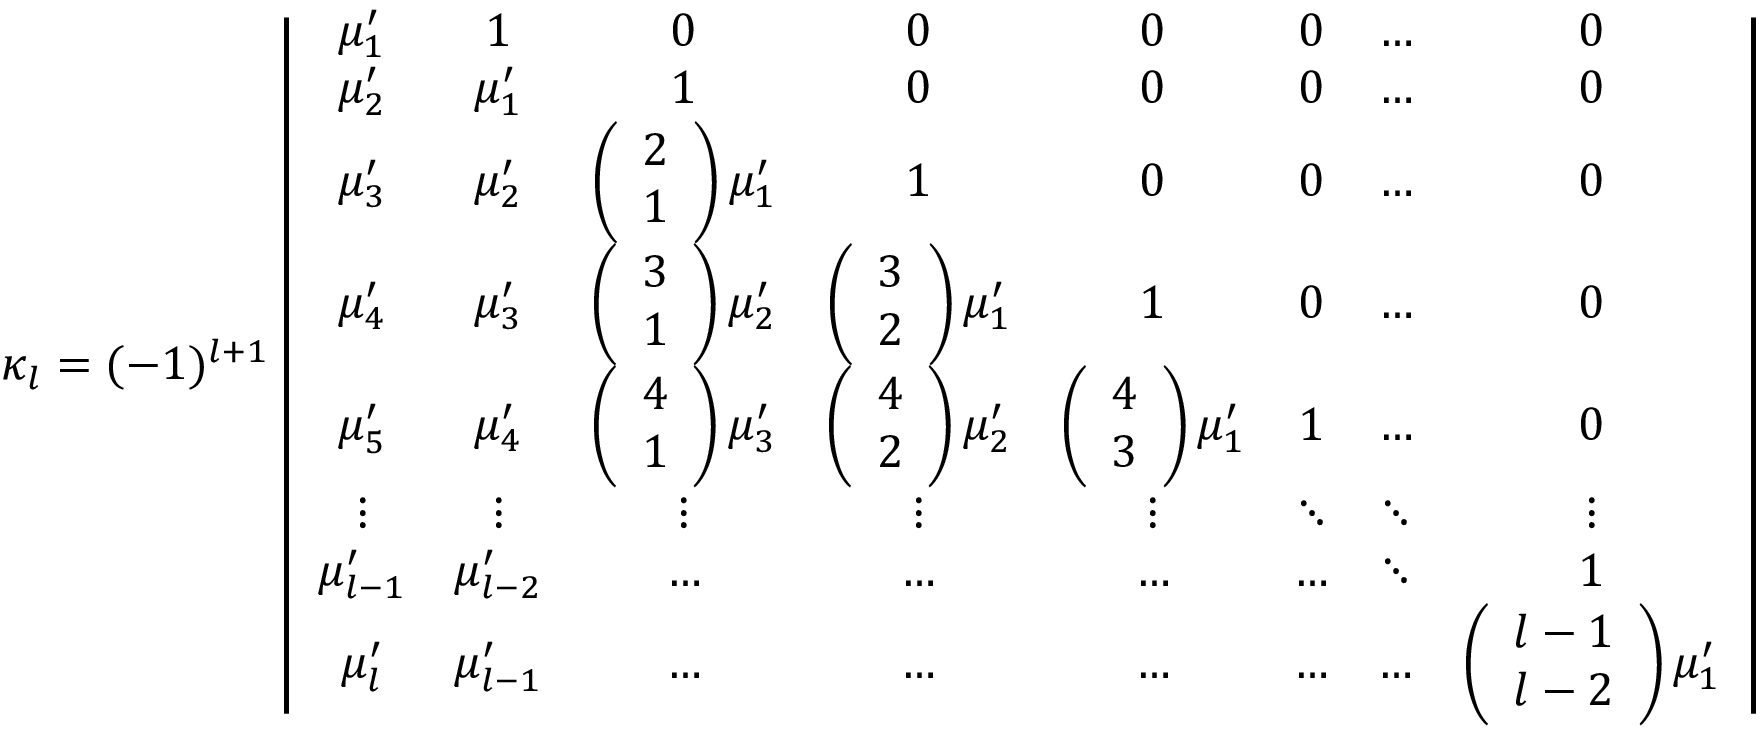
\kappa _ { l } = ( - 1 ) ^ { l + 1 } \left| { \begin{array} { c c c c c c c c } { \mu _ { 1 } ^ { \prime } } & { 1 } & { 0 } & { 0 } & { 0 } & { 0 } & { \ldots } & { 0 } \\ { \mu _ { 2 } ^ { \prime } } & { \mu _ { 1 } ^ { \prime } } & { 1 } & { 0 } & { 0 } & { 0 } & { \ldots } & { 0 } \\ { \mu _ { 3 } ^ { \prime } } & { \mu _ { 2 } ^ { \prime } } & { \left( { \begin{array} { l } { 2 } \\ { 1 } \end{array} } \right) \mu _ { 1 } ^ { \prime } } & { 1 } & { 0 } & { 0 } & { \ldots } & { 0 } \\ { \mu _ { 4 } ^ { \prime } } & { \mu _ { 3 } ^ { \prime } } & { \left( { \begin{array} { l } { 3 } \\ { 1 } \end{array} } \right) \mu _ { 2 } ^ { \prime } } & { \left( { \begin{array} { l } { 3 } \\ { 2 } \end{array} } \right) \mu _ { 1 } ^ { \prime } } & { 1 } & { 0 } & { \ldots } & { 0 } \\ { \mu _ { 5 } ^ { \prime } } & { \mu _ { 4 } ^ { \prime } } & { \left( { \begin{array} { l } { 4 } \\ { 1 } \end{array} } \right) \mu _ { 3 } ^ { \prime } } & { \left( { \begin{array} { l } { 4 } \\ { 2 } \end{array} } \right) \mu _ { 2 } ^ { \prime } } & { \left( { \begin{array} { c } { 4 } \\ { 3 } \end{array} } \right) \mu _ { 1 } ^ { \prime } } & { 1 } & { \ldots } & { 0 } \\ { \vdots } & { \vdots } & { \vdots } & { \vdots } & { \vdots } & { \ddots } & { \ddots } & { \vdots } \\ { \mu _ { l - 1 } ^ { \prime } } & { \mu _ { l - 2 } ^ { \prime } } & { \ldots } & { \ldots } & { \ldots } & { \ldots } & { \ddots } & { 1 } \\ { \mu _ { l } ^ { \prime } } & { \mu _ { l - 1 } ^ { \prime } } & { \ldots } & { \ldots } & { \ldots } & { \ldots } & { \ldots } & { \left( { \begin{array} { l } { l - 1 } \\ { l - 2 } \end{array} } \right) \mu _ { 1 } ^ { \prime } } \end{array} } \right|